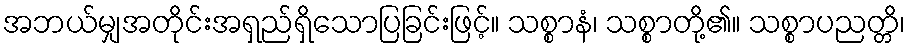
အဘယ်မျှအတိုင်းအရှည်ရှိသောပြခြင်းဖြင့်။ သစ္စာနံ၊ သစ္စာတို့၏။ သစ္စာပညတ္တိ၊